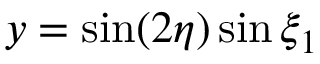
y = \sin ( 2 \eta ) \sin \xi _ { 1 }